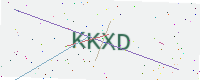
Text: KKXD